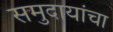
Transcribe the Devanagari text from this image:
समुदायांचा